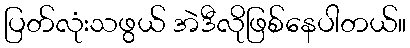
ပြတ်လုံးသဖွယ် အဲဒီလိုဖြစ်နေပါတယ်။